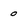
Character: o